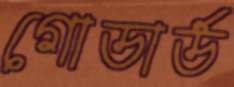
গোডার্ড